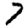
Digit: 7